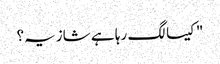
"کیسا لگ رہا ہے شازیہ؟